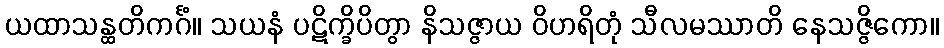
ယထာသန္ထတိကင်္ဂံ။ သယနံ ပဋိက္ခိပိတွာ နိသဇ္ဇာယ ဝိဟရိတုံ သီလမဿာတိ နေသဇ္ဇိကော။